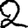
Digit: 2